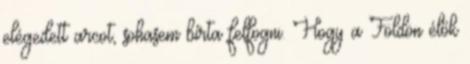
elégedett arcot, sohasem bírta felfogni. Hogy a Földön élők